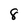
Character: 8